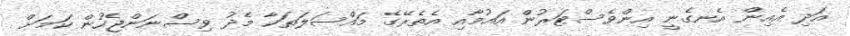
އަދި އެއިން އެނގެނީ އިންވެސްޓަރުން އައުމާއި އެތެރޭގެ މައްސަލަތަކާ މެދު ވިސްނަންޖެހުން ކަމަށް